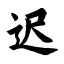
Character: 迟